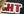
CHT